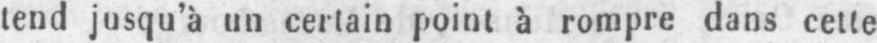
tend jusqu’à un certain point à rompre dans cette